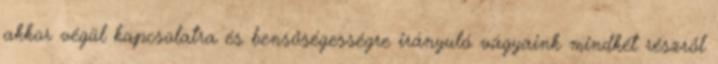
akkor végül kapcsolatra és bensőségességre irányuló vágyaink mindkét részről